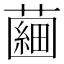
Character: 𧀇